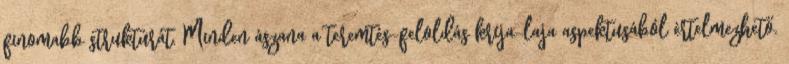
finomabb struktúrát. Minden ászana a teremtés-feloldás krija-laja aspektusából értelmezhető.